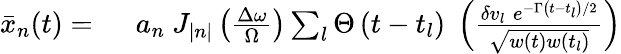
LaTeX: \begin{array}{rl}{\bar{x}_{n}(t)=\ }&{{}a_{n}\ J_{|n|}\left(\frac{\Delta\omega}{\Omega}\right)\sum_{l}\Theta\left(t-t_{l}\right)\; \left(\frac{\delta v_{l}\; e^{-\Gamma\left(t-t_{l}\right)/2}}{\sqrt{w(t)w(t_{l})}}\right)}\end{array}